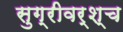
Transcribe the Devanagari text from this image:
सुग्रीवर्श्च